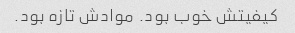
کیفیتش خوب بود. موادش تازه بود.